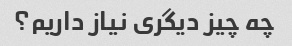
چه چیز دیگری نیاز داریم؟